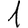
Digit: 1